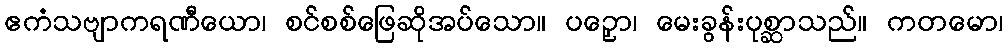
ဧကံသဗျာကရဏီယော၊ စင်စစ်ဖြေဆိုအပ်သော။ ပဉှော၊ မေးခွန်းပုစ္ဆာသည်။ ကတမော၊